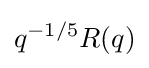
q^{-1/5}R(q)